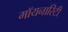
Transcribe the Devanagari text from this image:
मॉयनारिटी